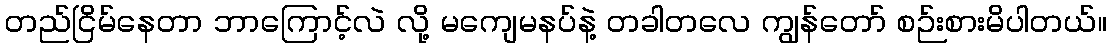
တည်ငြိမ်နေတာ ဘာကြောင့်လဲ လို့ မကျေမနပ်နဲ့ တခါတလေ ကျွန်တော် စဉ်းစားမိပါတယ်။